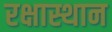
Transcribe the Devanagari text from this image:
रक्षास्थान